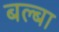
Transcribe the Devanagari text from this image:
बल्बा